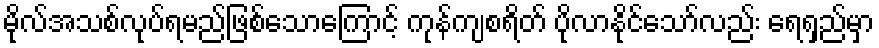
မိုလ်အသစ်လုပ်ရမည်ဖြစ်သောကြောင့် ကုန်ကျစရိတ် ပိုလာနိုင်သော်လည်း ရေရှည်မှာ